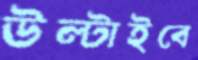
উল্‌টাইবে